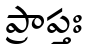
ప్రాప్తః